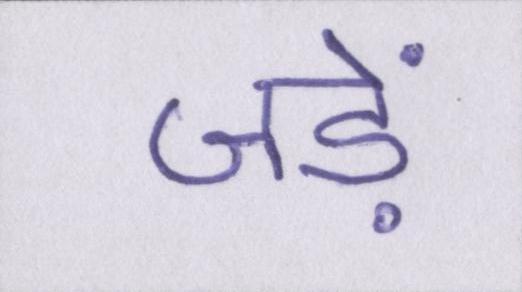
जड़ें